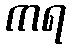
ကရ